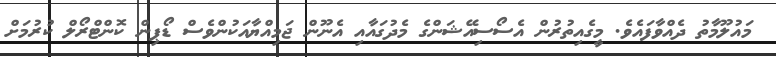
މައުލޫމާތު ދެއްވާފަައެވެ. މީގެއިތުރުން އެސޯސިއޭޝަންގެ މެދުގައާއި އެނޫން ޖަމިއްޔާއަކުންވެސް ޑޯޕިން ކޮންޓްރޯލް ކުރުމަށް